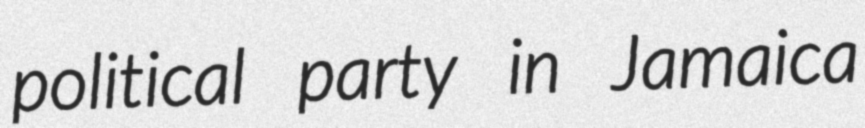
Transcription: political party in Jamaica